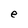
Character: e